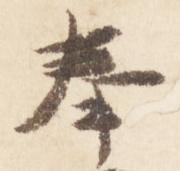
奉